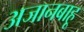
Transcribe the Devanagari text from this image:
अजानबाहू